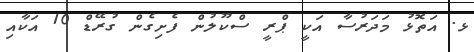
ޅ. އަތޮޅު މަދަރުސާ އަކީ ޕްރީ ސްކޫލުން ފެށިގެން ގުރޭޑް 10 އަކާއި